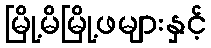
မြို့မိမြို့ဖများနှင့်